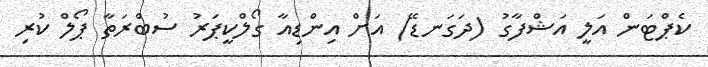
ކެޕްޓަން އަލީ އަޝްފާގު (ދަގަނޑޭ) އަށް އިންޑިއާ ގޯލްކީޕަރު ސުބްރަތާ ޕޯލް ކުރި